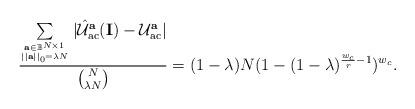
LaTeX: \begin{align*}\frac{\sum\limits_{ \mathbf{a}\in\mathbb{B}^{N\times 1}\atop||\mathbf{a}||_{0}=\lambda N} |\hat{\mathcal{U}}_{\rm{ac}}^{ \mathbf{ a } }(\mathbf{ I })-\mathcal{U}^{ \mathbf{ a } }_{\rm{ac}}|}{ \binom{N}{\lambda N} } =(1-\lambda)N(1-(1-\lambda)^{\frac{w_{c}}{r}-1})^{w_{c}}.\end{align*}